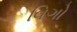
વિગો